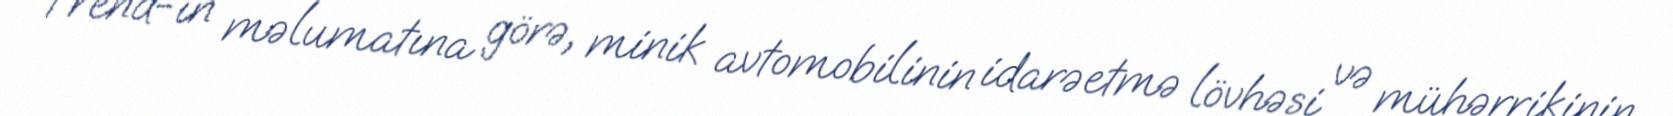
Trend-in məlumatına görə, minik avtomobilinin idarəetmə lövhəsi və mühərrikinin